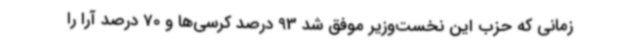
زمانی که حزب این نخست‌وزیر موفق شد 93 درصد کرسی‌ها و 70 درصد آرا را